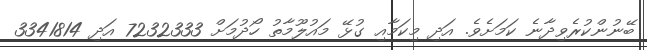
ބޭނުންކުރެވިދާނެ ކަމަށެވެ. އަދި މިކަމާއި ގުޅޭ މައުލޫމާތު ހޯދުމަށް 7232333 އަދި 3341814